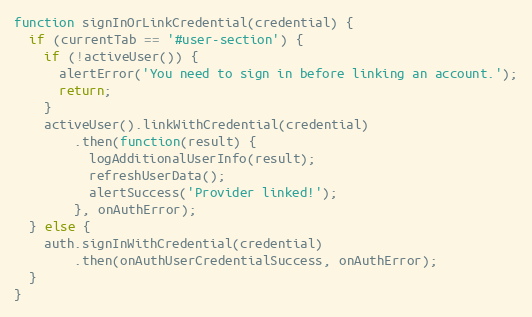
Language: JavaScript
function signInOrLinkCredential(credential) {
  if (currentTab == '#user-section') {
    if (!activeUser()) {
      alertError('You need to sign in before linking an account.');
      return;
    }
    activeUser().linkWithCredential(credential)
        .then(function(result) {
          logAdditionalUserInfo(result);
          refreshUserData();
          alertSuccess('Provider linked!');
        }, onAuthError);
  } else {
    auth.signInWithCredential(credential)
        .then(onAuthUserCredentialSuccess, onAuthError);
  }
}